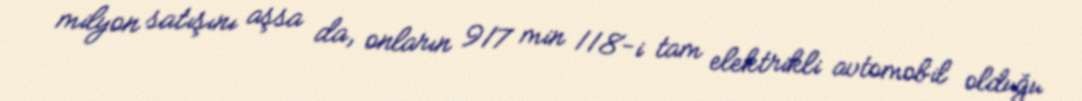
milyon satışını aşsa da, onların 917 min 118-i tam elektrikli avtomobil olduğu